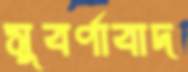
সুবর্ণাবাদ